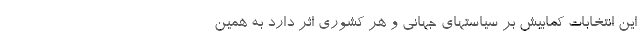
این انتخابات کمابیش بر سیاستهای جهانی و هر کشوری اثر دارد به همین